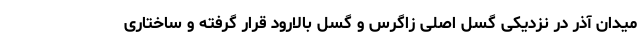
میدان آذر در نزدیکی گسل اصلی زاگرس و گسل بالارود قرار گرفته و ساختاری